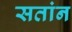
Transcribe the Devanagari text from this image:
सतांन